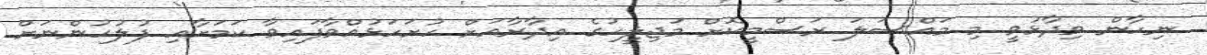
ނިހާން ވިދާޅުވީ މި މައްސަލަ ރަސްމީކޮށް މަޖިލީހުގެ އިދާރާއަށް ހުށަހަޅުއްވާފައިވާ ކަމަށާއި ފުލުހުންނަށް